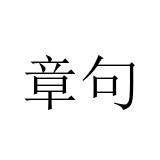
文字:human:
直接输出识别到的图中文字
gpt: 章句